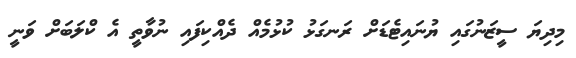
މިދިޔަ ސީޒަނުގައި ޔުނައިޓެޑަށް ރަނގަޅު ކުޅުމެއް ދެއްކިފައި ނުވާތީ އެ ކްލަބަށް ވަނީ